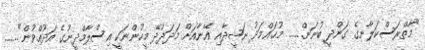
"މާތްރަސްކަލާނގެ ގަންދީ ބުނަން....... މުޙައްމަދު ނަޝީދާއި އޭނާއަށް މަދަދުދޭ މީހުންނަކީ އިސްލާމްދީނުގެ އަދުއްވުން"........